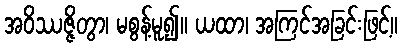
အဝိဿဇ္ဇိတွာ၊ မစွန့်မူ၍။ ယထာ၊ အကြင်အခြင်းဖြင့်။